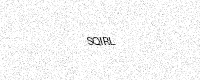
Text: SQIRL